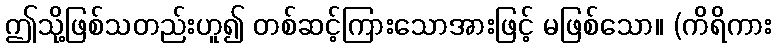
ဤသို့ဖြစ်သတည်းဟူ၍ တစ်ဆင့်ကြားသောအားဖြင့် မဖြစ်သော။ (ကိရိကား